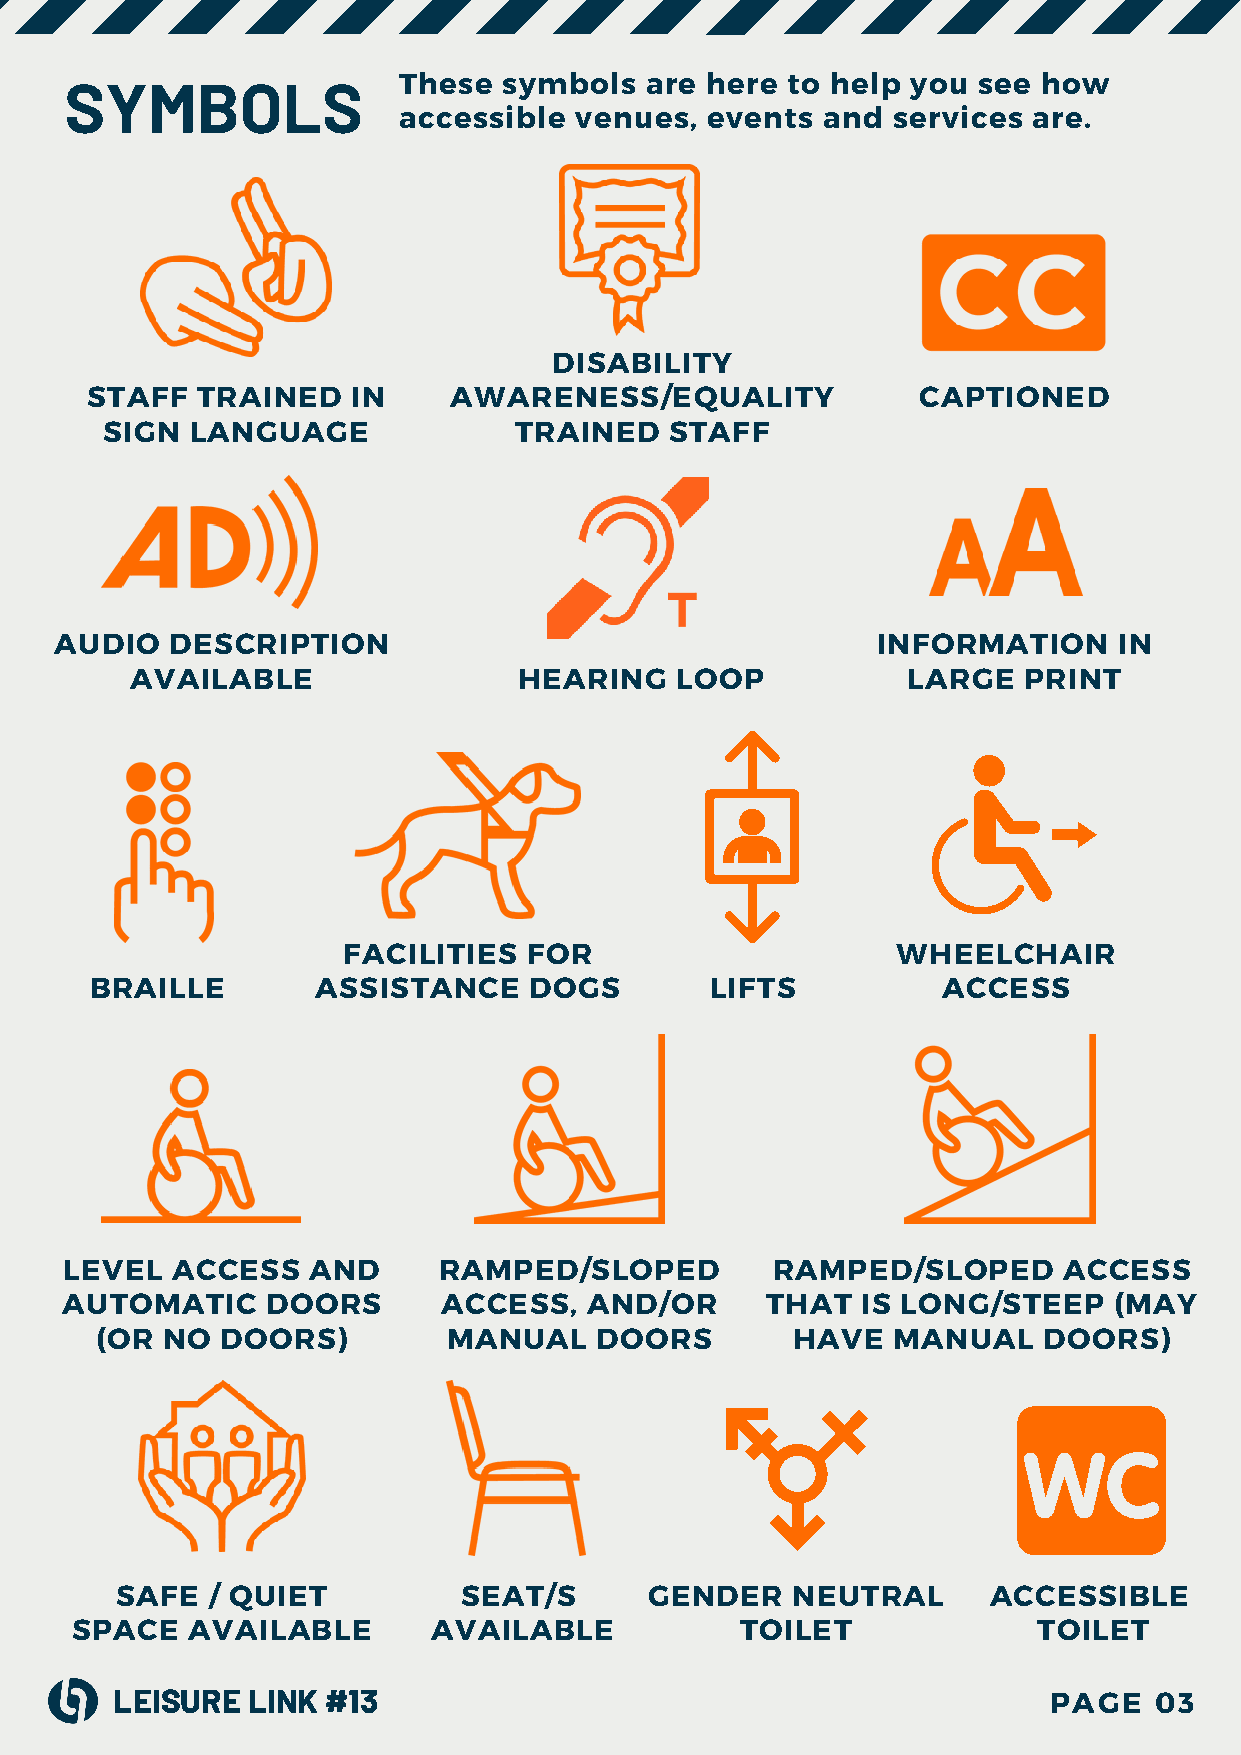
These  symbols   are here to help you  see how
 SYMBOLS
 accessible  venues,  events and  services are.
 DISABILITY
 STAFF  TRAINED   IN     AWARENESS/EQUALITY             CAPTIONED
 SIGN  LANGUAGE             TRAINED   STAFF
 AUDIO  DESCRIPTION                                    INFORMATION     IN
 AVAILABLE                HEARING    LOOP           LARGE   PRINT
 FACILITIES  FOR                     WHEELCHAIR
 BRAILLE        ASSISTANCE    DOGS        LIFTS          ACCESS
 LEVEL  ACCESS   AND      RAMPED/SLOPED         RAMPED/SLOPED      ACCESS
 AUTOMATIC     DOORS      ACCESS,   AND/OR      THAT  IS LONG/STEEP    (MAY
 (OR  NO  DOORS)         MANUAL   DOORS        HAVE   MANUAL    DOORS)
 SAFE  / QUIET         SEAT/S       GENDER   NEUTRAL      ACCESSIBLE
 SPACE  AVAILABLE        AVAILABLE           TOILET              TOILET
 LEISURE LINK  #13                                            PAGE   03